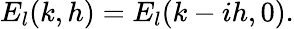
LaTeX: E_{l}(k,h)=E_{l}(k-ih,0).